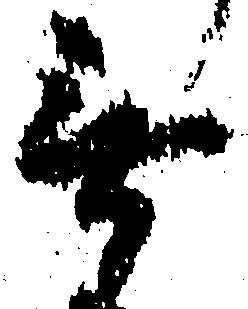
無